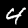
Label: 4